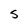
Character: S